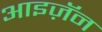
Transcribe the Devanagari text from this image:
आइज़ॅन